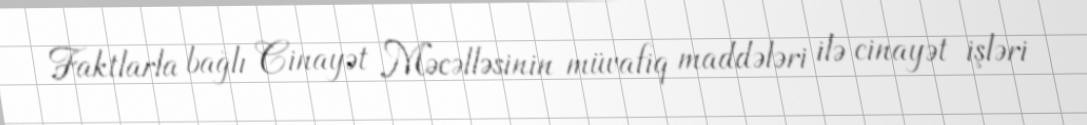
Faktlarla bağlı Cinayət Məcəlləsinin müvafiq maddələri ilə cinayət işləri